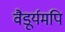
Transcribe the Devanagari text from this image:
वैडूर्यमपि